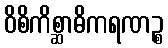
ဝိစိကိစ္ဆာဓိကရဏဉ္စ